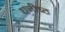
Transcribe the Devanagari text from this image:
घनीष्ठ